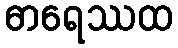
ဓာရေဿထ